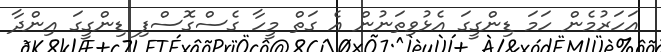
އަހަރުމެން ހަމަ ޑިންގީގަ އެޅުވިތަނުން އެ ގަތް މީހާ ގެސްގޮސްފި ޑިންގީގަ އިންދާ